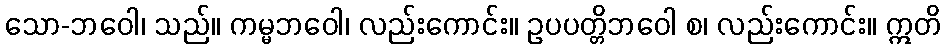
သော-ဘဝေါ၊ သည်။ ကမ္မဘဝေါ၊ လည်းကောင်း။ ဥပပတ္တိဘဝေါ စ၊ လည်းကောင်း။ ဣတိ